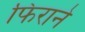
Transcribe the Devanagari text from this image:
फिराने